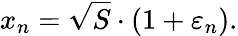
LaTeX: x_{n}={\sqrt{S}}\cdot(1+\varepsilon_{n}).